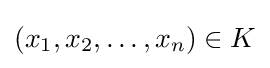
(x_{1},x_{2},\ldots ,x_{n})\in K